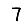
Digit: 7